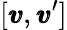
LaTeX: [{\pmb v},{\pmb v}^{\prime}]